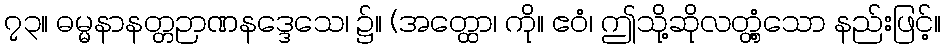
၇၃။ ဓမ္မနာနတ္တဉာဏနဒ္ဒေသေ၊ ၌။ (အတ္ထော၊ ကို။ ဧဝံ၊ ဤသို့ဆိုလတ္တံ့သော နည်းဖြင့်။